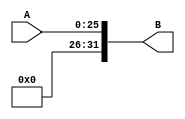
module sgnExt26(input[25:0] A, output[31:0] B);
  assign B = {6'b0, A};
endmodule